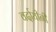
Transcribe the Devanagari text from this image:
वर्दायीनी